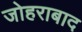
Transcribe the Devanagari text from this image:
जोहराबाद